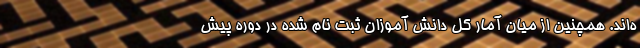
ه‌اند. همچنین از میان آمار کل دانش آموزان ثبت نام شده در دوره پیش